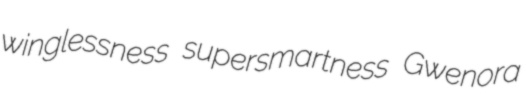
winglessness supersmartness Gwenora